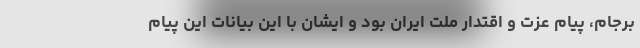
برجام، پیام عزت و اقتدار ملت ایران بود و ایشان با این بیانات این پیام